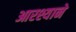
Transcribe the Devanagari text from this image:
आरश्याने